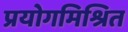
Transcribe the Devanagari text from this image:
प्रयोगमिश्रित